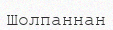
Шолпаннан